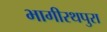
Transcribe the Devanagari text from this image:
भागीरथपुरा